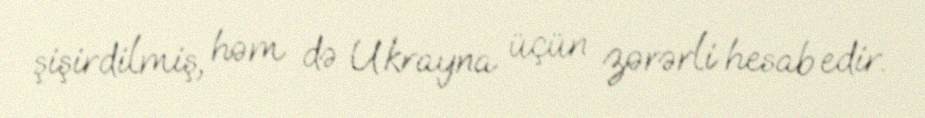
şişirdilmiş, həm də Ukrayna üçün zərərli hesab edir.